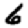
Digit: 6